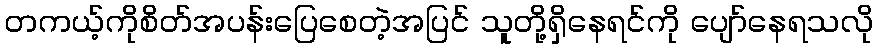
တကယ့်ကိုစိတ်အပန်းပြေစေတဲ့အပြင် သူတို့ရှိနေရင်ကို ပျော်နေရသလို